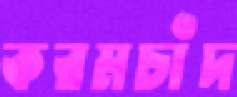
করমচাঁদ